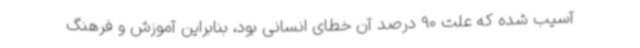
آسیب شده که علت 90 درصد آن خطای انسانی بود، بنابراین آموزش و فرهنگ